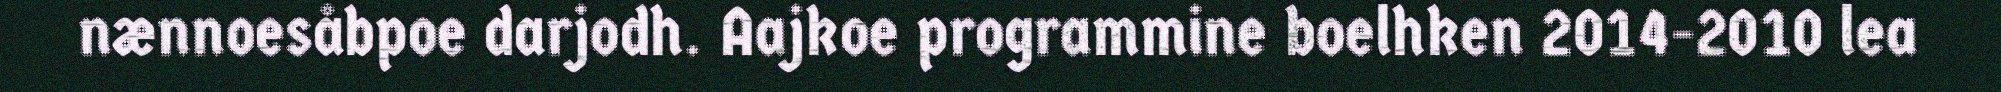
nænnoesåbpoe darjodh. Aajkoe programmine boelhken 2014-2010 lea